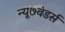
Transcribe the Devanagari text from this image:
न्यू७वंडर्स